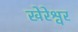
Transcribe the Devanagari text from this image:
खेरेश्वर